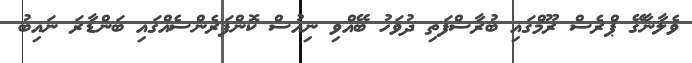
ވެލާނާގޭ ޕްރެސް ރޫމްގައި ބުރާސްފަތި ދުވަހު ބޭއްވި ނިއުސް ކޮންފަރެންސެއްގައި ބަންޑާރަ ނައިބު